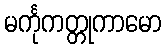
မင်္ကုကတ္တုကာမော